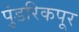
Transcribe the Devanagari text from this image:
पुंडरिकपूर